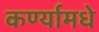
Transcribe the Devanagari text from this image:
कर्ण्यामधे